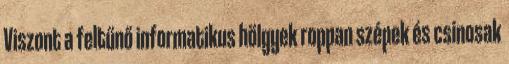
Viszont a feltűnő informatikus hölgyek roppan szépek és csinosak